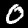
Digit: 0